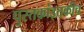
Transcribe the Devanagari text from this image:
पुस्तकांइतकीच